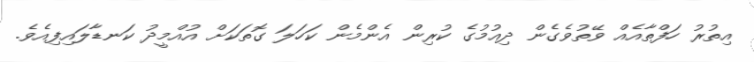
އިތުރު ހަފްތާއެއް ވޭތުވެގެން ދިއުމުގެ ކުރިން އެންމެން ކަހަލަ ގޮތަކަށް އުއްމީދު ކަނޑާލައިފިއެވެ.